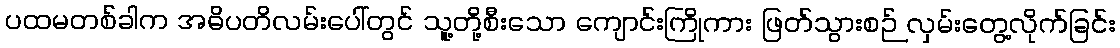
ပထမတစ်ခါက အဓိပတိလမ်းပေါ်တွင် သူ့တို့စီးသော ကျောင်းကြိုကား ဖြတ်သွားစဉ် လှမ်းတွေ့လိုက်ခြင်း